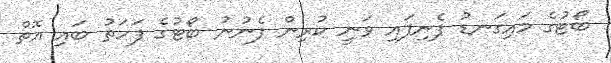
ބޯޓުގެ މައިގަނޑު ފެނިފައި ވަނީ ކުރިން ފެނުނު ބޯޓުގެ ފަހަތު ބައި އޮތް